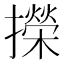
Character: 㩞